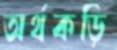
অর্থকড়ি